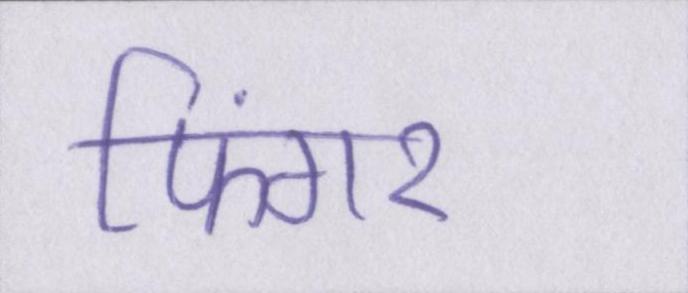
फिंगर